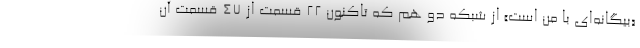
«بیگانه‌ای با من است» از شبکه دو هم که تاکنون ۲۲ قسمت از ۴۷ قسمت آن